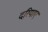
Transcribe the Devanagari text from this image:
दरियाए